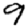
Digit: 9